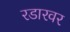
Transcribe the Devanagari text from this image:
रडारवर